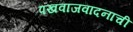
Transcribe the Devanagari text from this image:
पखवाजवादनाची